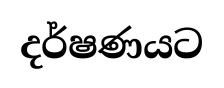
දර්ෂණයට